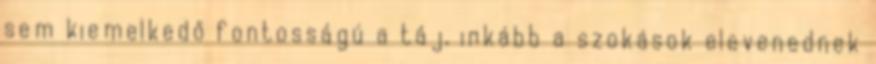
sem kiemelkedő fontosságú a táj, inkább a szokások elevenednek